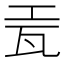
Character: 𬎥